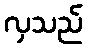
လှသည်